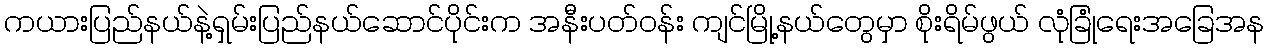
ကယားပြည်နယ်နဲ့ရှမ်းပြည်နယ်ဆောင်ပိုင်းက အနီးပတ်ဝန်း ကျင်မြို့နယ်တွေမှာ စိုးရိမ်ဖွယ် လုံခြုံရေးအခြေအန